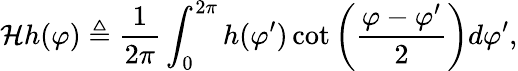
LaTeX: \mathcal{H}h(\varphi)\triangleq\frac{1}{2\pi}\int_{0}^{2\pi}h(\varphi^{\prime})\cot\left(\frac{\varphi-\varphi^{\prime}}{2}\right)d\varphi^{\prime},